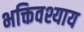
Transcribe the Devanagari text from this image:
भक्तिवश्याय